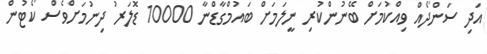
އަދި ސަންދޯއް ވިއްކުމަށް ބޭނުންކުރި ނީލަމަށް ބައުމްގާޑްނާ 10000 ޑޮލަރު ދިނުމަށްވެސް ކޯޓުން